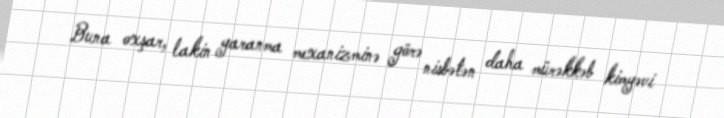
Buna oxşar, lakin yaranma mexanizminə görə nisbətən daha mürəkkəb kimyəvi